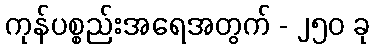
ကုန်ပစ္စည်းအရေအတွက် - ၂၅၀ ခု